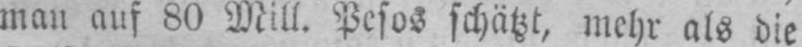
man auf 80 Mill. Pesos schätzt, mehr als die